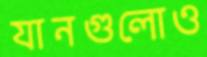
যানগুলোও